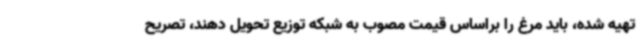
تهیه شده، باید مرغ را براساس قیمت مصوب به شبکه توزیع تحویل دهند، تصریح